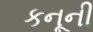
કનૂની